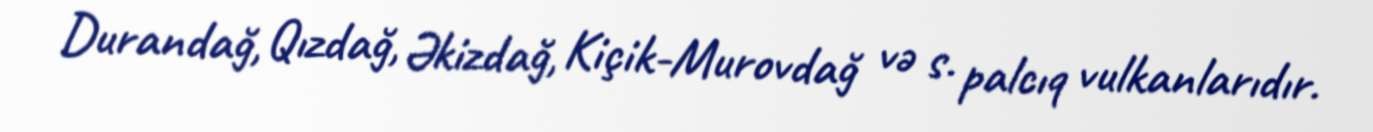
Durandağ, Qızdağ, Əkizdağ, Kiçik-Murovdağ və s. palcıq vulkanlarıdır.